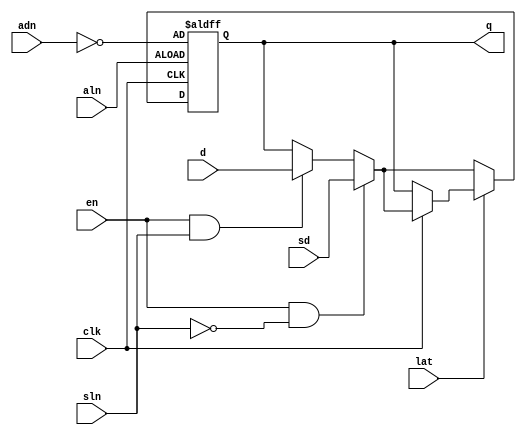
module sle(d,clk,en,aln,adn,sln,sd,lat,q);
input d,clk,en,aln,adn,sln,sd,lat;
output reg q;
//always @(*) for ==> latch
//always @(posedge clk ) ==> for flip-flop
always @(posedge clk or negedge aln) begin
    if (~aln) q<=~adn;
    else begin
        if (~lat) begin
            if (en && ~sln) q <= sd;
            else if (en && sln) q <= d;
        end
        else begin
            if (clk) begin
                if (en && ~sln) q <= sd;
                else if (en && sln) q <= d;
            end
        end
    end 
end
endmodule